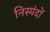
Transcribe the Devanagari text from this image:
निस्पंदों